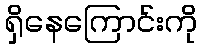
ရှိနေကြောင်းကို